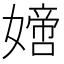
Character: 𡡿